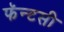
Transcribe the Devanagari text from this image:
फॅन्टसी